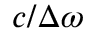
c / \Delta \omega